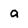
Character: a